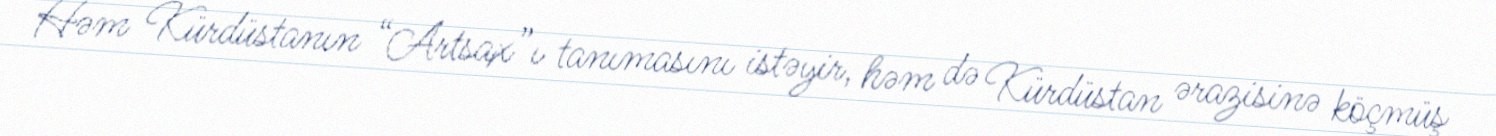
Həm Kürdüstanın “Artsax”ı tanımasını istəyir, həm də Kürdüstan ərazisinə köçmüş